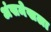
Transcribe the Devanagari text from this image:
अंसमेखला